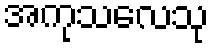
အကုသလေသု